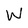
Character: W